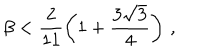
LaTeX: \beta < \frac { 2 } { 1 1 } \left( 1 + \frac { 3 \sqrt { 3 } } { 4 } \right) \, ,